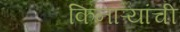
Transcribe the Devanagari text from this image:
किनाऱ्यांची